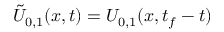
\tilde { U } _ { 0 , 1 } ( { \boldsymbol { x } } , t ) = U _ { 0 , 1 } ( { \boldsymbol { x } } , t _ { f } - t )